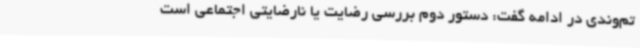
تم‌وندی در ادامه گفت: دستور دوم بررسی رضایت یا نارضایتی اجتماعی است